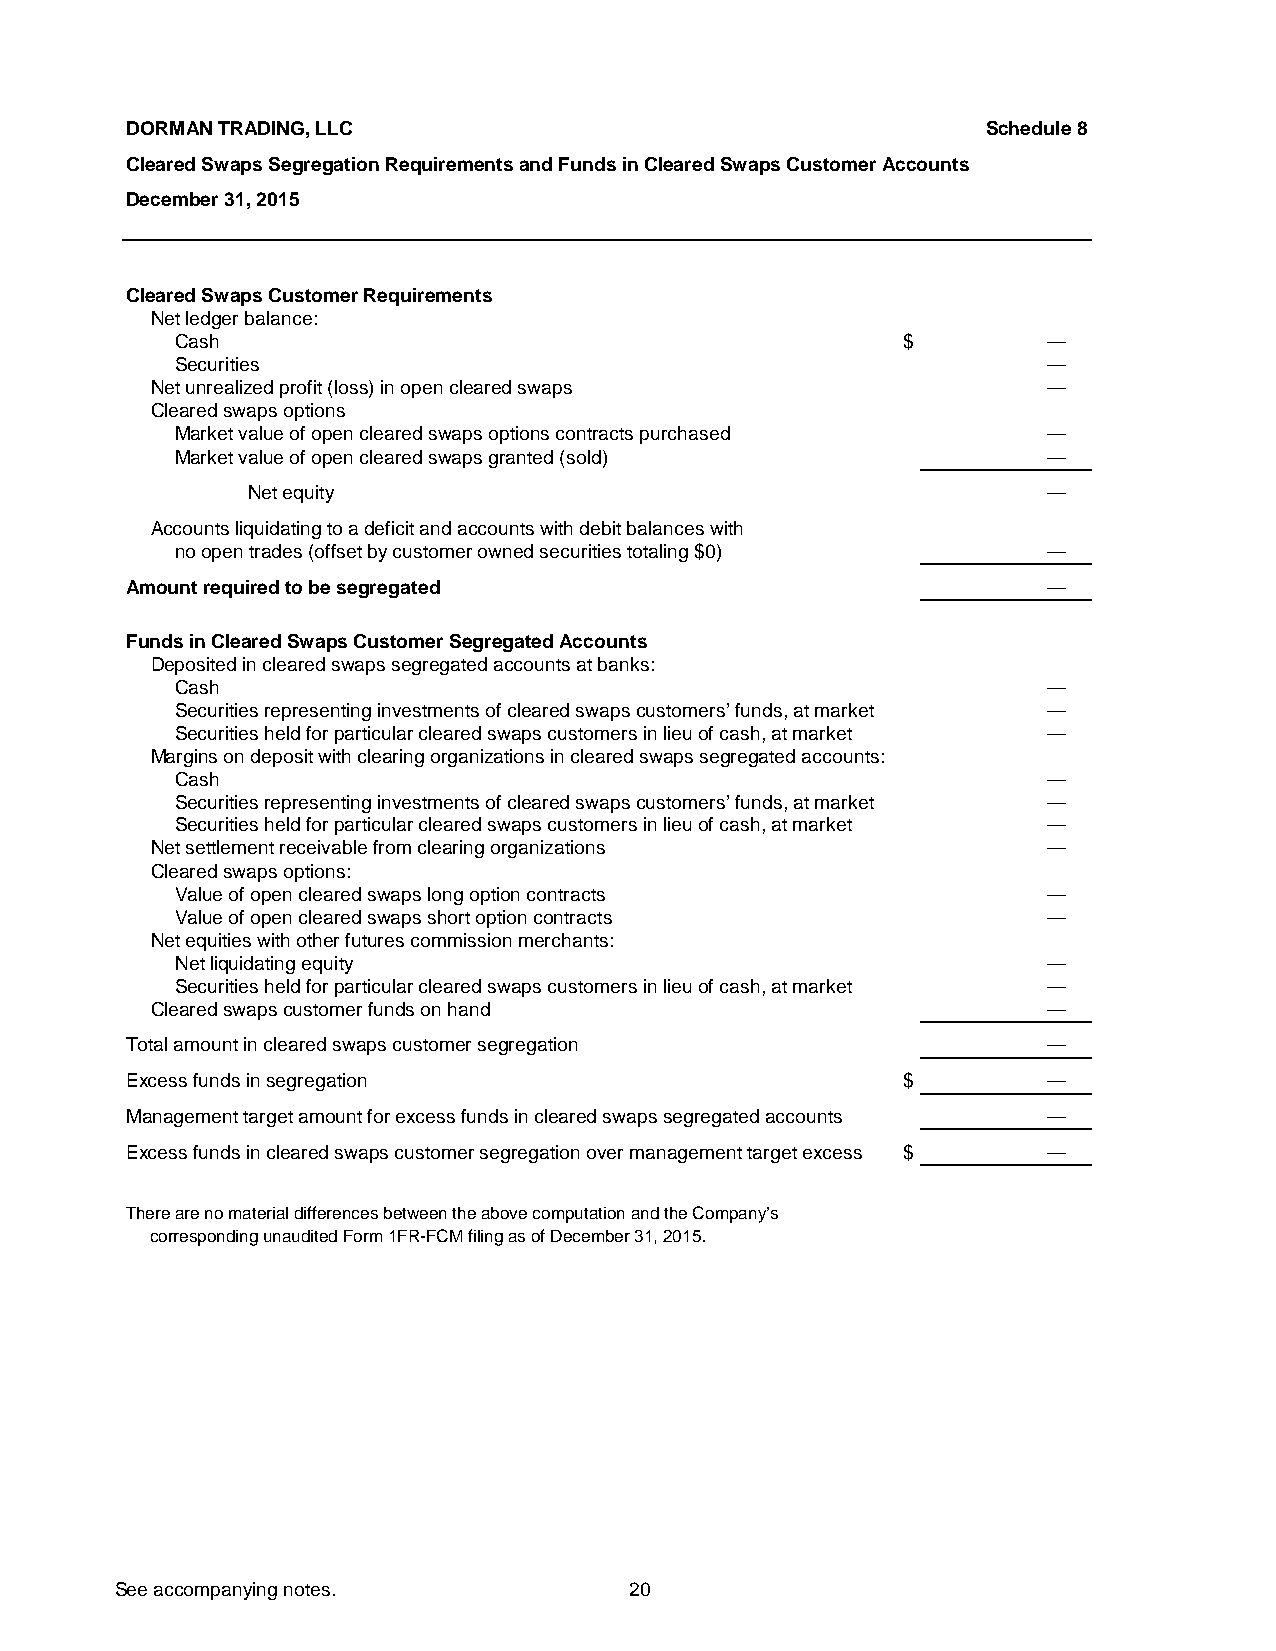
DORMAN TRADING, LLC                                      Schedule 8
 Cleared Swaps Segregation Requirements and Funds in Cleared Swaps Customer Accounts
 December 31, 2015
 Cleared Swaps Customer Requirements
 Net ledger balance:
 Cash                                            $         —
 Securities                                                —
 Net unrealized profit (loss) in open cleared swaps         —
 Cleared swaps options
 Market value of open cleared swaps options contracts purchased —
 Market value of open cleared swaps granted (sold)         —
 Net equity                                           —
 Accounts liquidating to a deficit and accounts with debit balances with
 no open trades (offset by customer owned securities totaling $0) —
 Amount required to be segregated                             —
 Funds in Cleared Swaps Customer Segregated Accounts
 Deposited in cleared swaps segregated accounts at banks:
 Cash                                                      —
 Securities representing investments of cleared swaps customers’ funds, at market —
 Securities held for particular cleared swaps customers in lieu of cash, at market —
 Margins on deposit with clearing organizations in cleared swaps segregated accounts:
 Cash                                                      —
 Securities representing investments of cleared swaps customers’ funds, at market —
 Securities held for particular cleared swaps customers in lieu of cash, at market —
 Net settlement receivable from clearing organizations      —
 Cleared swaps options:
 Value of open cleared swaps long option contracts         —
 Value of open cleared swaps short option contracts        —
 Net equities with other futures commission merchants:
 Net liquidating equity                                    —
 Securities held for particular cleared swaps customers in lieu of cash, at market —
 Cleared swaps customer funds on hand                       —
 Total amount in cleared swaps customer segregation           —
 Excess funds in segregation                        $         —
 Management target amount for excess funds in cleared swaps segregated accounts —
 Excess funds in cleared swaps customer segregation over management target excess $ —
 There are no material differences between the above computation and the Company’s
 corresponding unaudited Form 1FR-FCM filing as of December 31, 2015.
 See accompanying notes.           20